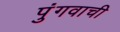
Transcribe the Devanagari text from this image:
पुंगवाची